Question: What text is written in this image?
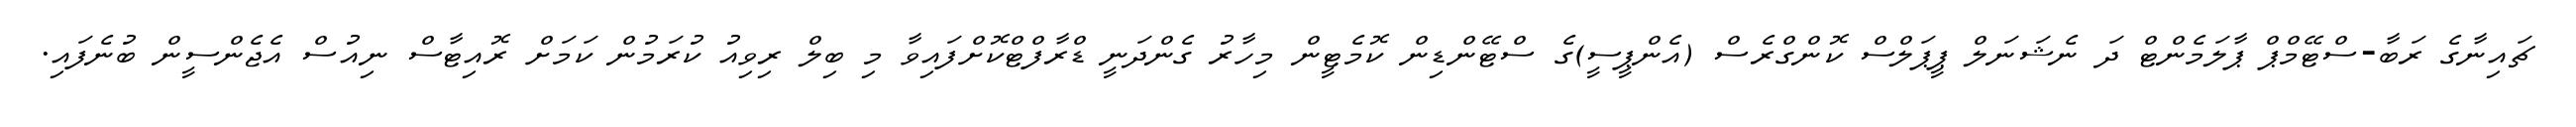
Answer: ޗައިނާގެ ރަބާ-ސްޓޭމްޕް ޕާލަމެންޓް ދަ ނެޝަނަލް ޕީޕަލްސް ކޮންގްރެސް (އެންޕީސީ)ގެ ސްޓޭންޑިން ކޮމެޓީން މިހާރު ގެންދަނީ ޑްރާފްޓްކޮށްފައިވާ މި ބިލް ރިވިއު ކުރަމުން ކަމަށް ރޮއިޓާސް ނިއުސް އެޖެންސީން ބުނެފައި.